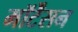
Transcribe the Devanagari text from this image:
मॉर्टेंसन